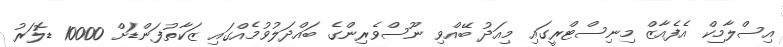
އިސްލާމިކް އެފެއާޒް މިނިސްޓްރީގައި މިއަދު ބޭއްވި ނޫސްވެރިންގެ ބައްދަލުވުމެއްގައި ޒަކާތުފަންޑަށް 10000 ޑޮލަރު